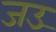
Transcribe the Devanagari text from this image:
जउ